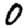
Digit: 0